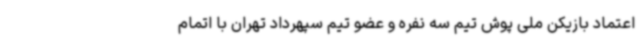
اعتماد بازیکن ملی پوش تیم سه نفره و عضو تیم سپهرداد تهران با اتمام